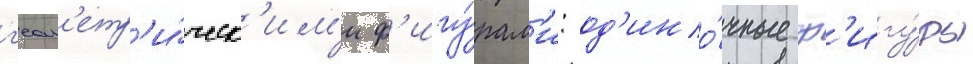
г'еом'етр'и́ческ'им'и ф'игу́рам'и: од'ино́чные ф'игу́ры